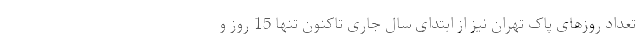
تعداد روزهای پاک تهران نیز از ابتدای سال جاری تاکنون تنها 15 روز و